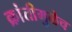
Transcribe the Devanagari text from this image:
क्रांतीमुळेच